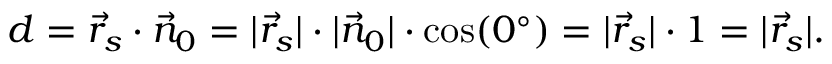
d = { \vec { r } } _ { s } \cdot { \vec { n } } _ { 0 } = | { \vec { r } } _ { s } | \cdot | { \vec { n } } _ { 0 } | \cdot \cos ( 0 ^ { \circ } ) = | { \vec { r } } _ { s } | \cdot 1 = | { \vec { r } } _ { s } | .